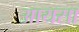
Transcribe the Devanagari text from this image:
आयसा